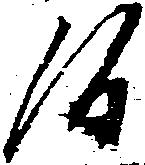
候